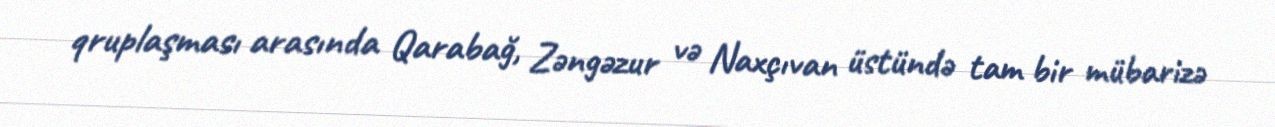
qruplaşması arasında Qarabağ, Zəngəzur və Naxçıvan üstündə tam bir mübarizə